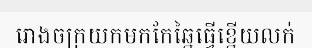
រោងចក្រយកមកកែឆ្នៃធ្វើខ្នើយលក់